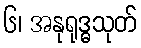
၆၊ အနုရုဒ္ဓသုတ်